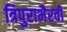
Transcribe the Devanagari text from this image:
त्रिपुराभैरवी